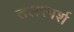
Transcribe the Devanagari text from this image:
तलस्पर्श